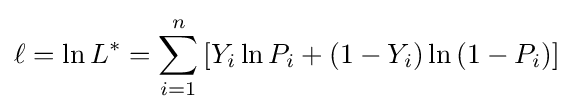
\ell =\ln L^{*}=\sum _{i=1}^{n}\left[Y_{i}\ln P_{i}+\left(1-Y_{i}\right)\ln \left(1-P_{i}\right)\right]